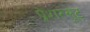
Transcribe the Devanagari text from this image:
प्रेशरसूट